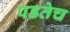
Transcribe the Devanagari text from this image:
पडतेच